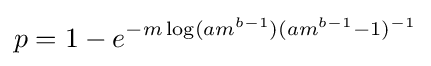
p=1-e^{-m\log(am^{b-1})(am^{b-1}-1)^{-1}}